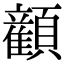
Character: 𬱏